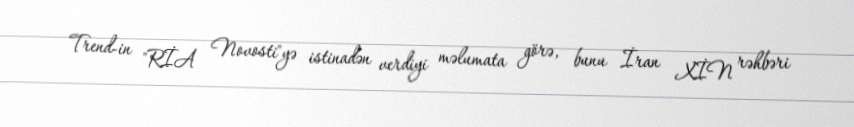
Trend-in "RİA Novosti"yə istinadən verdiyi məlumata görə, bunu İran XİN rəhbəri